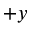
+ y